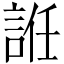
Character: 䛘